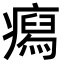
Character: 𤺎